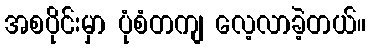
အစပိုင်းမှာ ပုံစံတကျ လေ့လာခဲ့တယ်။